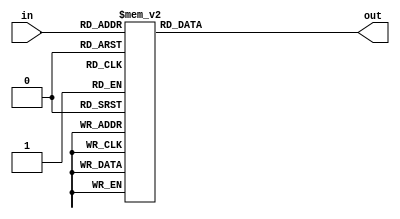
//
`define Y0 7'b1000000
`define Y1 7'b1111001
`define Y2 7'b0100100
`define Y3 7'b0110000
`define Y4 7'b0011001
`define Y5 7'b0010010
`define Y6 7'b0000010
`define Y7 7'b1111000
`define Y8 7'b0000000
`define Y9 7'b0010000
`define Ya 7'b0001000
`define Yb 7'b0000011
`define Yc 7'b1000110
`define Yd 7'b0100001
`define Ye 7'b0000110
`define Yf 7'b0001110
 
module Display(in, out) ;
	input [3:0] in ;
	output [6:0] out ;
	//
	reg [6:0] out ;
	//
	always @(*) begin
		case(in)
			4'b0000: out = `Y0 ;
			4'b0001: out = `Y1 ;
			4'b0010: out = `Y2 ;
			4'b0011: out = `Y3 ;
			4'b0100: out = `Y4 ;
			4'b0101: out = `Y5 ;
			4'b0110: out = `Y6 ;
			4'b0111: out = `Y7 ;
			4'b1000: out = `Y8 ;
			4'b1001: out = `Y9 ;
			4'b1010: out = `Ya ;
			4'b1011: out = `Yb ;
			4'b1100: out = `Yc ;
			4'b1101: out = `Yd ;
			4'b1110: out = `Ye ;
			4'b1111: out = `Yf ;
			default: out = 7'b0000000 ;
		endcase
	end
endmodule